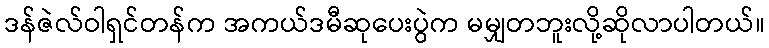
ဒန်ဇဲလ်ဝါရှင်တန်က အကယ်ဒမီဆုပေးပွဲက မမျှတဘူးလို့ဆိုလာပါတယ်။